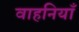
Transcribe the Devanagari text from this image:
वाहनियाँ